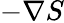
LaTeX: -\nabla S